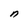
Character: n